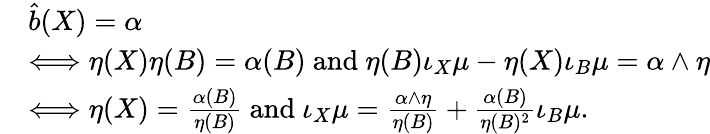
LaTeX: \begin{array}{rl}&{\hat{b}(X)=\alpha}\\ &{\Longleftrightarrow\eta(X)\eta(B)=\alpha(B)\mathrm{~and~}\eta(B)\iota_{X}\mu-\eta(X)\iota_{B}\mu=\alpha\wedge\eta}\\ &{\Longleftrightarrow\eta(X)=\frac{\alpha(B)}{\eta(B)}\mathrm{~and~}\iota_{X}\mu=\frac{\alpha\wedge\eta}{\eta(B)}+\frac{\alpha(B)}{\eta(B)^{2}}\iota_{B}\mu.}\end{array}